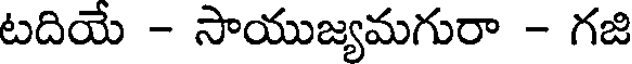
టదియే - సాయుజ్యమగురా - గజి